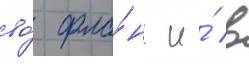
во́ фла́нг и́ в